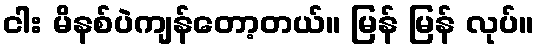
ငါး မိနစ်ပဲကျန်တော့တယ်။ မြန် မြန် လုပ်။